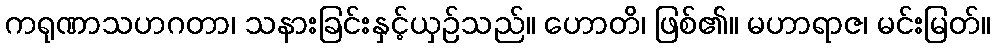
ကရုဏာသဟဂတာ၊ သနားခြင်းနှင့်ယှဉ်သည်။ ဟောတိ၊ ဖြစ်၏။ မဟာရာဇ၊ မင်းမြတ်။